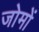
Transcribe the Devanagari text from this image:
जोमों